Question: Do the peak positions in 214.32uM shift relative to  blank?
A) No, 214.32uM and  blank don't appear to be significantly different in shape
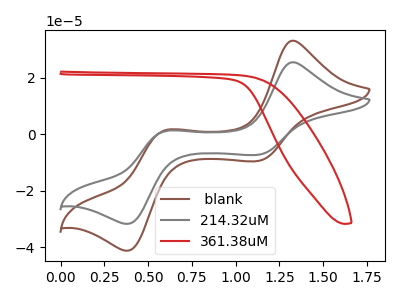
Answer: <think>The brown curve " blank" has anodic peaks at (1.35V, 33.00uA) (0.60V, 1.35uA) and cathodic peaks at (1.15V, -9.45uA) (0.40V, -41.20uA). The gray curve "214.32uM" has anodic peaks at (1.35V, 25.40uA) (0.60V, 1.05uA) and cathodic peaks at (1.15V, -7.30uA) (0.40V, -31.70uA). The red curve "361.38uM" has no peaks.
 All the peaks in "214.32uM" have a peak in " blank" at the same potential. Every peak in "214.32uM" is lower than every peak in " blank".</think>
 <answer>A) No, "214.32uM" and " blank" don't appear to be significantly different in shape</answer>
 <eval>A</eval>